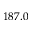
1 8 7 . 0